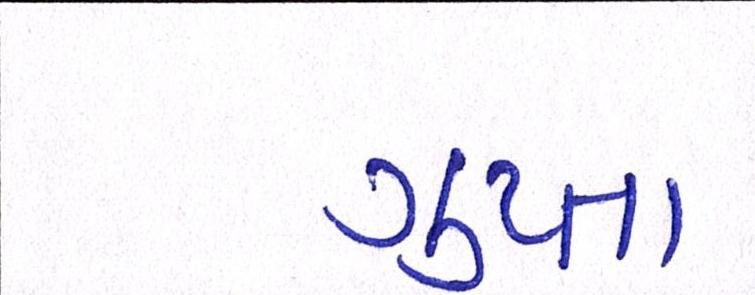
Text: ગુપ્તા